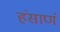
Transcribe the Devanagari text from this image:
हंसाणं